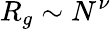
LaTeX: R_{g}\sim N^{\nu}